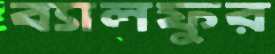
ব্যালফুর